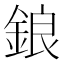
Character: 鋃